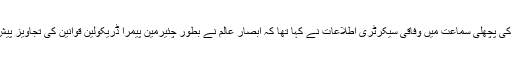
کیس کی پچھلی سماعت میں وفاقی سیکرٹری اطلاعات نے کہا تھا کہ ابصار عالم نے بطور چئیرمین پیمرا ڈریکولین قوانین کی تجاویز پیش کی۔